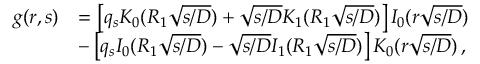
\begin{array} { r l } { g ( r , s ) } & { = \left[ q _ { s } K _ { 0 } ( R _ { 1 } \sqrt { s / D } ) + \sqrt { s / D } K _ { 1 } ( R _ { 1 } \sqrt { s / D } ) \right] I _ { 0 } ( r \sqrt { s / D } ) } \\ & { - \left[ q _ { s } I _ { 0 } ( R _ { 1 } \sqrt { s / D } ) - \sqrt { s / D } I _ { 1 } ( R _ { 1 } \sqrt { s / D } ) \right] K _ { 0 } ( r \sqrt { s / D } ) \, , } \end{array}